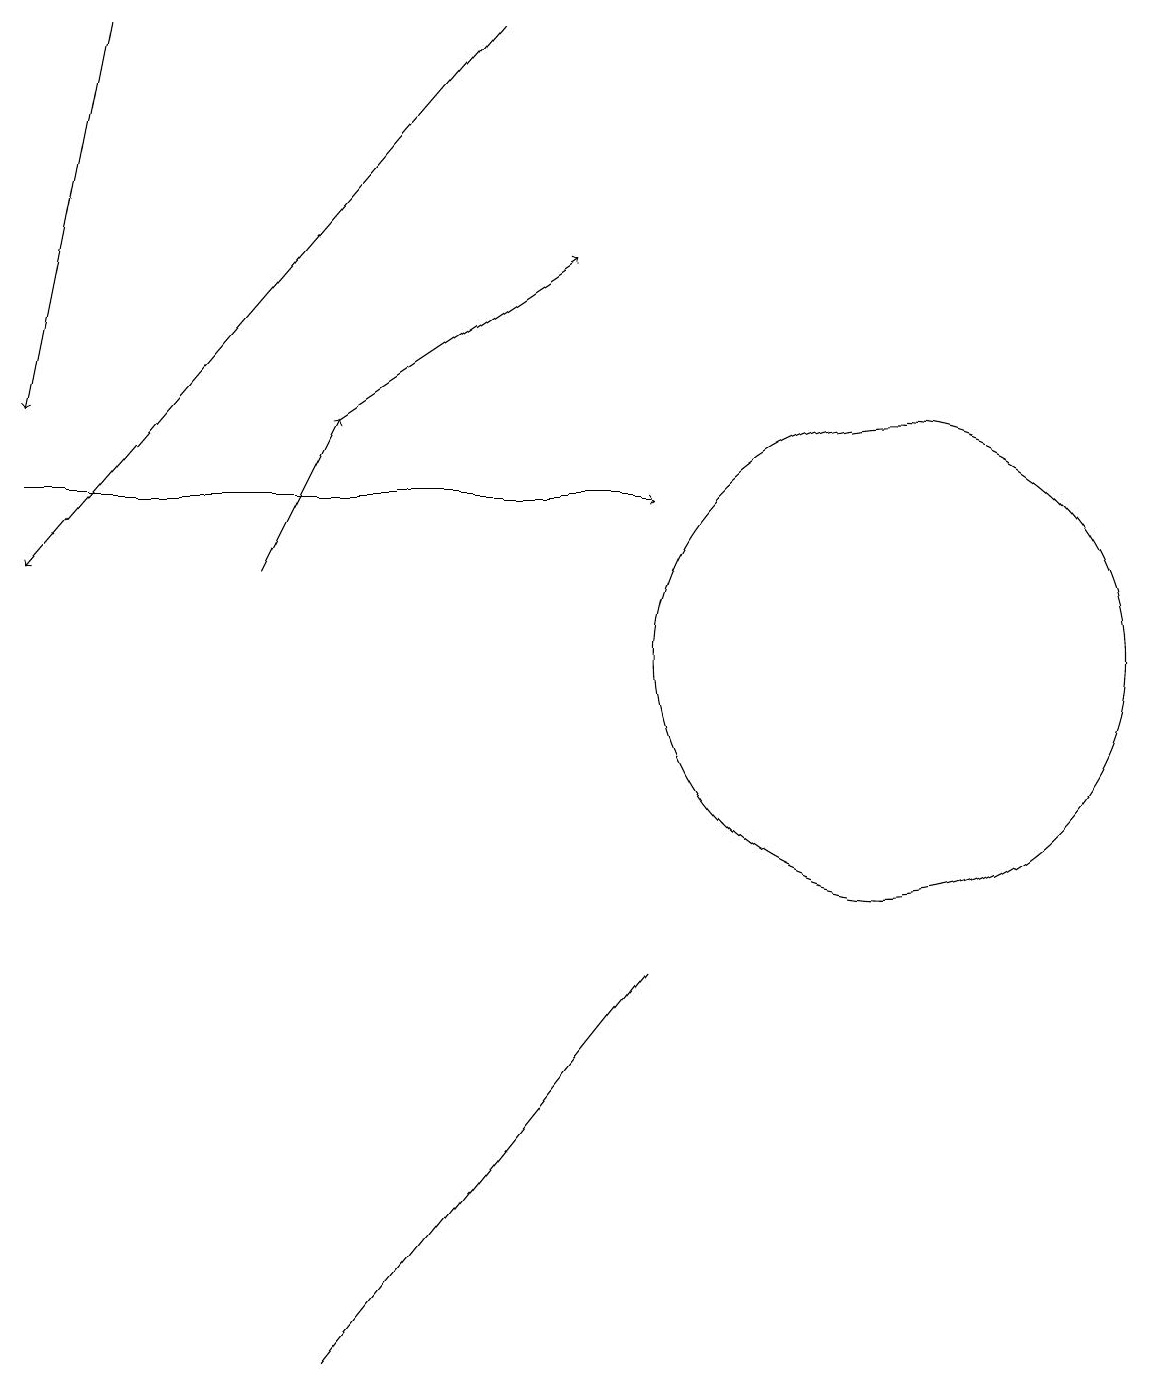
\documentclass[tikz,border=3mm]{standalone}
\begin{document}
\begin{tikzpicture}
\draw (12,11) circle (3);
\draw[->] (1,13) -- (9,13);
\draw[->] (2,19) -- (1,14);
\draw (5,2) -- (5,2) -- (9,7) -- cycle;
\draw[->] (4,12) -- (5,14);
\draw[->] (7,19) -- (1,12);
\draw[->] (5,14) -- (8,16);
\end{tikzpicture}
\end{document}